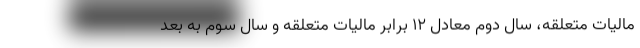
مالیات متعلقه، سال دوم معادل ۱۲ برابر مالیات متعلقه و سال سوم به بعد